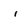
Character: i